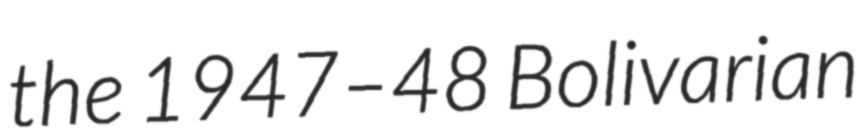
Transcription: the 1947–48 Bolivarian